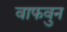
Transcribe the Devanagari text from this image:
वाफवुन